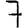
Digit: 7